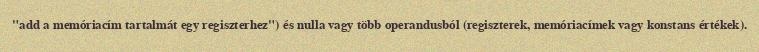
"add a memóriacím tartalmát egy regiszterhez") és nulla vagy több operandusból (regiszterek, memóriacímek vagy konstans értékek).